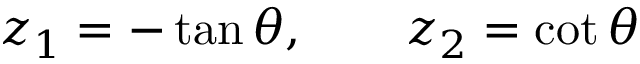
z _ { 1 } = - \tan \theta , \qquad z _ { 2 } = \cot \theta